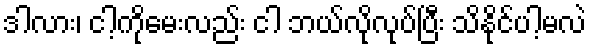
ဒါလား၊ ငါ့ကိုမေးလည်း ငါ ဘယ်လိုလုပ်ပြီး သိနိုင်ပါ့မလဲ